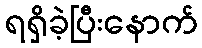
ရရှိခဲ့ပြီးနောက်